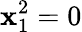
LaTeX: \mathbf{x}_{1}^{2}=0